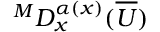
^ M D _ { x } ^ { \alpha ( x ) } ( \overline { { U } } )